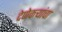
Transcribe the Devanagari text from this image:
देणेकऱ्यांचा